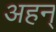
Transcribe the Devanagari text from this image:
अहन्